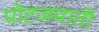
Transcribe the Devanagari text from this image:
पोटजमाती